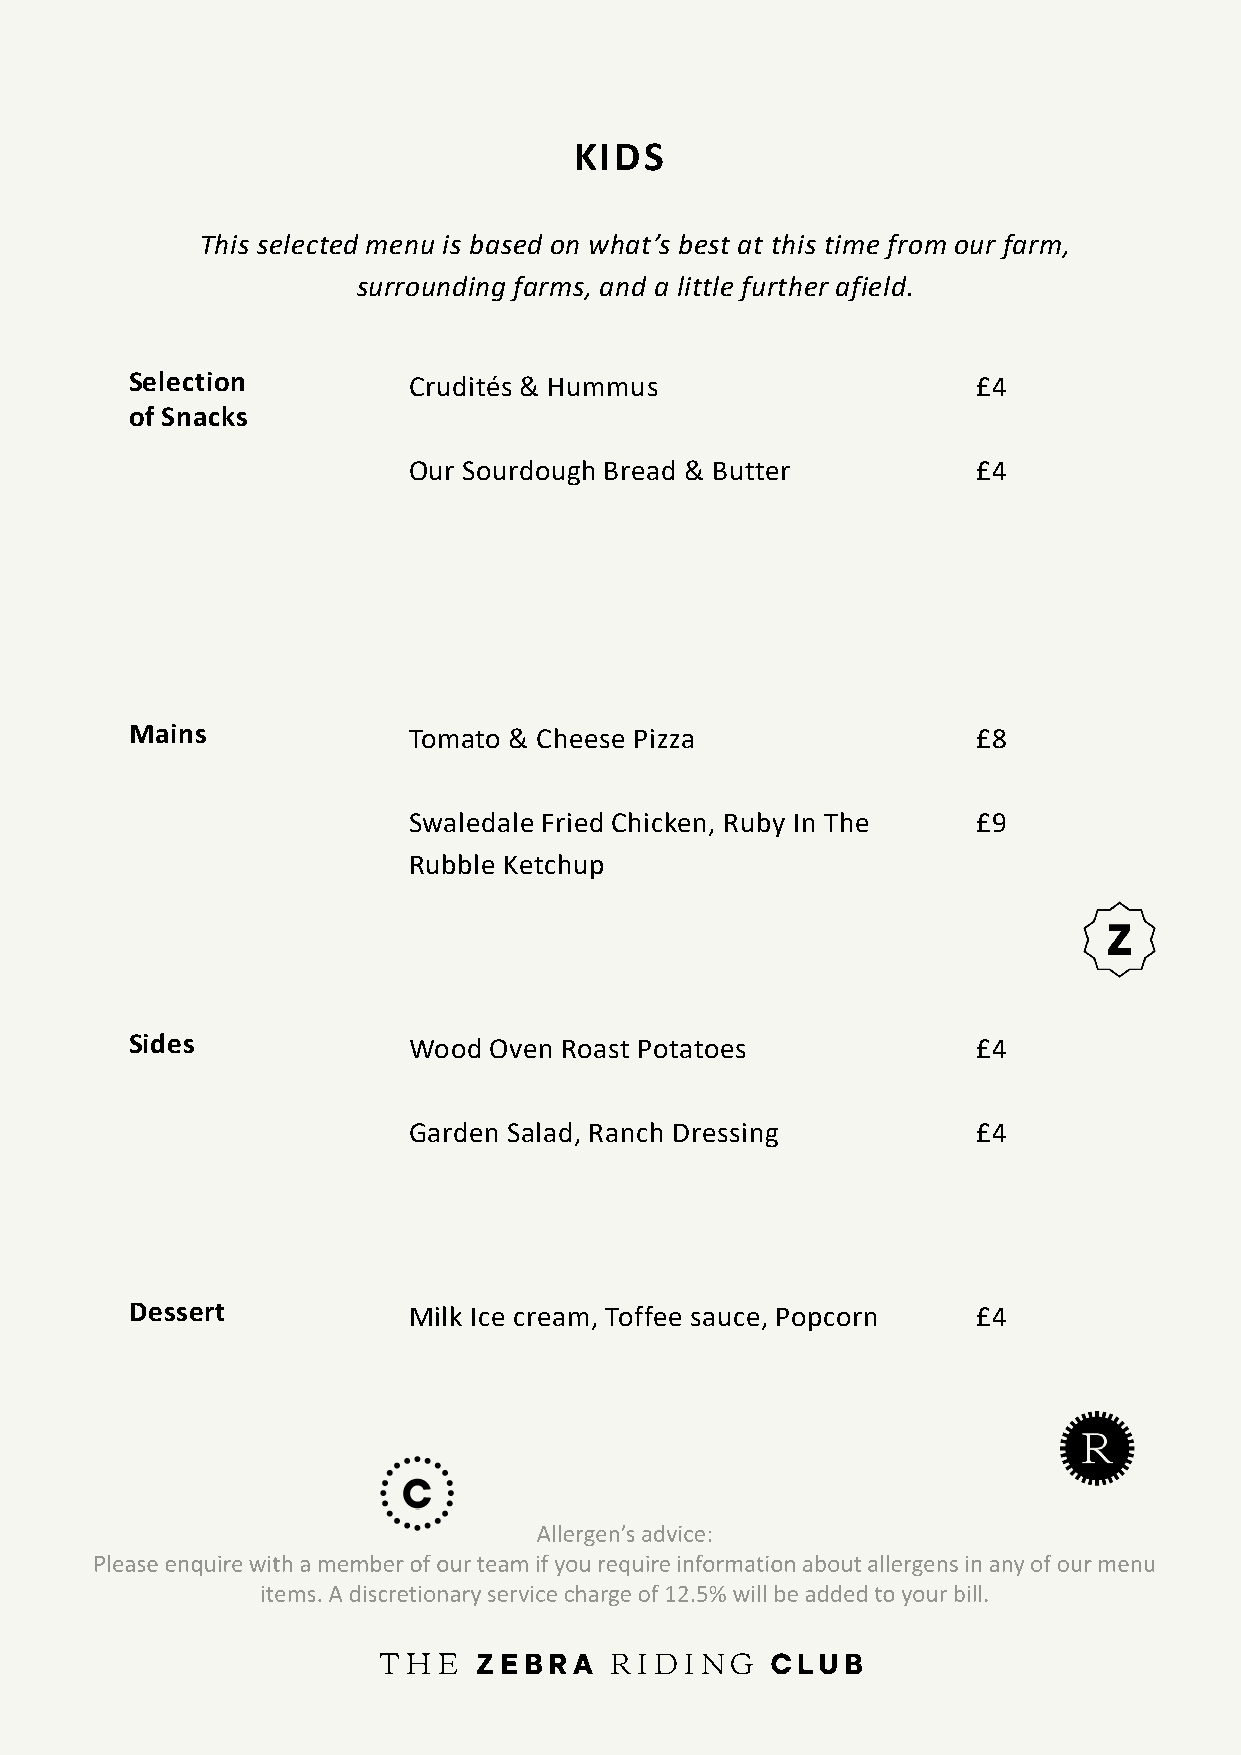
KIDS
 This selected menu is based on what’s best at this time from our farm,
 surrounding farms, and a little further afield.
 Selection         Crudités & Hummus                     £4
 of Snacks
 Our Sourdough Bread & Butter          £4
 Mains             Tomato & Cheese Pizza                 £8
 Swaledale Fried Chicken, Ruby In The  £9
 Rubble Ketchup
 Sides             Wood Oven Roast Potatoes              £4
 Garden Salad, Ranch Dressing          £4
 Dessert           Milk Ice cream, Toffee sauce, Popcorn £4